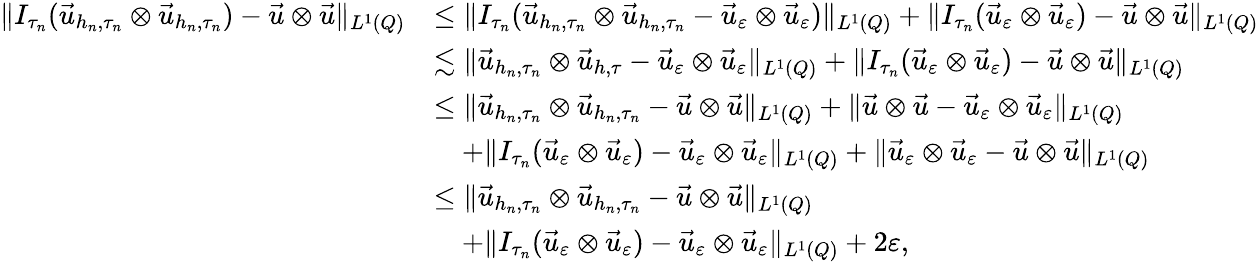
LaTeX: \begin{array}{rl}{\| I_{\tau_{n}}(\vec{u}_{h_{n},\tau_{n}}\otimes\vec{u}_{h_{n},\tau_{n}})-\vec{u}\otimes\vec{u}\| _{L^{1}(Q)}}&{\leq\| I_{\tau_{n}}(\vec{u}_{h_{n},\tau_{n}}\otimes\vec{u}_{h_{n},\tau_{n}}-\vec{u}_{\varepsilon}\otimes\vec{u}_{\varepsilon})\| _{L^{1}(Q)}+\| I_{\tau_{n}}(\vec{u}_{\varepsilon}\otimes\vec{u}_{\varepsilon})-\vec{u}\otimes\vec{u}\| _{L^{1}(Q)}}\\ &{\lesssim\| \vec{u}_{h_{n},\tau_{n}}\otimes\vec{u}_{h,\tau}-\vec{u}_{\varepsilon}\otimes\vec{u}_{\varepsilon}\| _{L^{1}(Q)}+\| I_{\tau_{n}}(\vec{u}_{\varepsilon}\otimes\vec{u}_{\varepsilon})-\vec{u}\otimes\vec{u}\| _{L^{1}(Q)}}\\ &{\leq\| \vec{u}_{h_{n},\tau_{n}}\otimes\vec{u}_{h_{n},\tau_{n}}-\vec{u}\otimes\vec{u}\| _{L^{1}(Q)}+\| \vec{u}\otimes\vec{u}-\vec{u}_{\varepsilon}\otimes\vec{u}_{\varepsilon}\| _{L^{1}(Q)}}\\ &{\quad+\| I_{\tau_{n}}(\vec{u}_{\varepsilon}\otimes\vec{u}_{\varepsilon})-\vec{u}_{\varepsilon}\otimes\vec{u}_{\varepsilon}\| _{L^{1}(Q)}+\| \vec{u}_{\varepsilon}\otimes\vec{u}_{\varepsilon}-\vec{u}\otimes\vec{u}\| _{L^{1}(Q)}}\\ &{\leq\| \vec{u}_{h_{n},\tau_{n}}\otimes\vec{u}_{h_{n},\tau_{n}}-\vec{u}\otimes\vec{u}\| _{L^{1}(Q)}}\\ &{\quad+\| I_{\tau_{n}}(\vec{u}_{\varepsilon}\otimes\vec{u}_{\varepsilon})-\vec{u}_{\varepsilon}\otimes\vec{u}_{\varepsilon}\| _{L^{1}(Q)}+2\varepsilon,}\end{array}